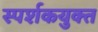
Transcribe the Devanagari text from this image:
स्पर्शकयुक्त